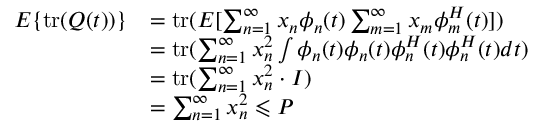
\begin{array} { r l } { E \{ \operatorname { t r } ( Q ( t ) ) \} } & { = \operatorname { t r } ( E [ \sum _ { n = 1 } ^ { \infty } x _ { n } \phi _ { n } ( t ) \sum _ { m = 1 } ^ { \infty } x _ { m } \phi _ { m } ^ { H } ( t ) ] ) } \\ & { = \operatorname { t r } ( \sum _ { n = 1 } ^ { \infty } x _ { n } ^ { 2 } \int \phi _ { n } ( t ) \phi _ { n } ( t ) \phi _ { n } ^ { H } ( t ) \phi _ { n } ^ { H } ( t ) d t ) } \\ & { = \operatorname { t r } ( \sum _ { n = 1 } ^ { \infty } x _ { n } ^ { 2 } \cdot I ) } \\ & { = \sum _ { n = 1 } ^ { \infty } x _ { n } ^ { 2 } \leqslant P } \end{array}